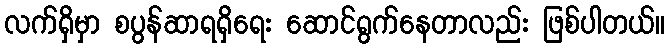
လက်ရှိမှာ စပွန်ဆာရရှိရေး ဆောင်ရွက်နေတာလည်း ဖြစ်ပါတယ်။